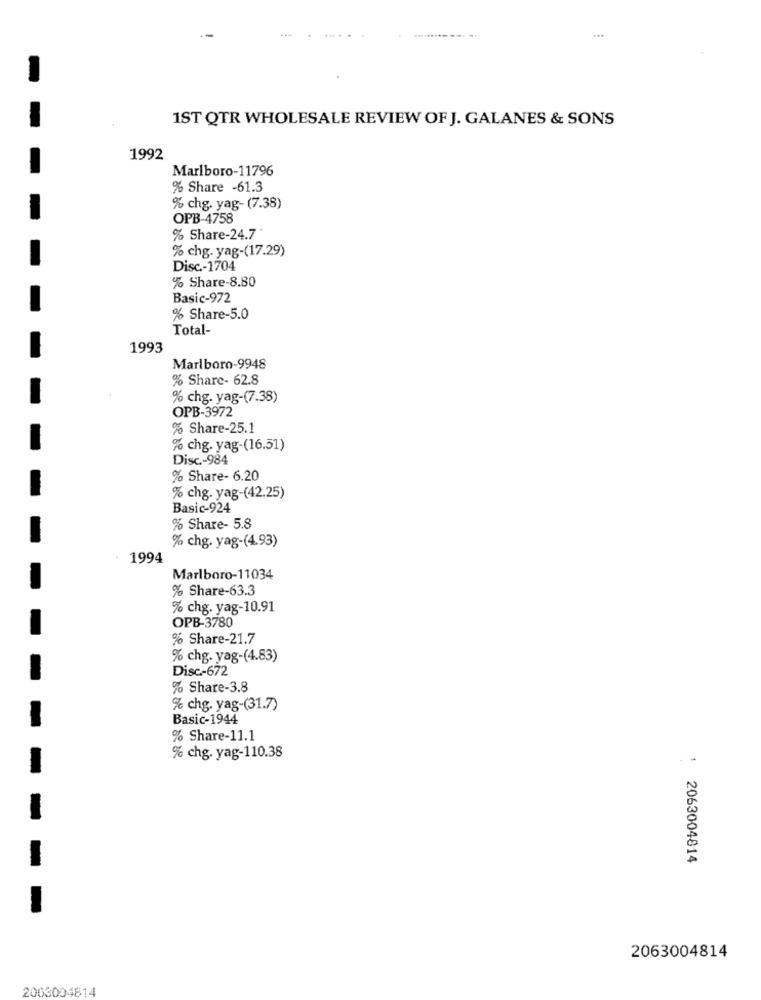
1ST QTR WHOLESALE REVIEW OF J. GALANES & SONS
1992
Marlboro-11796
% Share -61.3
% chg. yag- (7.38)
OPB-4758
% Share-24.7
% chg. yag-(17.29)
Disc-1704
% Share-8.80
Basic-972
% Share-5.0
Total-
1993
Marlboro-9948
% Share- 62.8
% chg. yag-(7.38)
OPB-3972
% Share-25.1
% chg. yag-(16.51)
Disc .- 984
% Share- 6.20
% chg. yag-(42.25)
Basic-924
% Share- 5.8
% chg. yag-(4.93)
1994
Marlboro-11034
% Share-63.3
% chg. yag-10.91
OPB-3780
% Share-21.7
% chg. yag-(4.83)
Disc-672
% Share-3.8
% chg. yag-(31.7)
Basic-1944
% Share-11.1
% chg. yag-110.38
: 2063004814
2063004814
2003004814